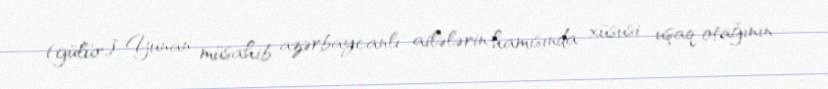
(gülür)” Yunan müsahib azərbaycanlı ailələrin hamısında xüsusi uşaq otağının